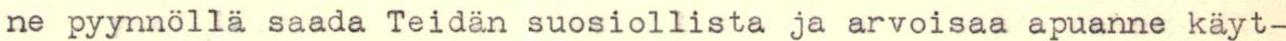
ne pyynnöllä saada Teidän suosiollista ja arvoisaa apuanne käyt-